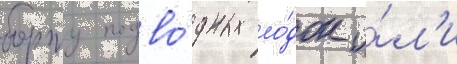
борту подво́дных ло́док и́л'и